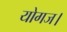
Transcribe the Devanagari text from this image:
योगज।